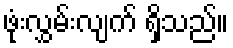
ဖုံးလွှမ်းလျက် ရှိသည်။